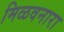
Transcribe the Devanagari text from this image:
मिळवनारा